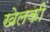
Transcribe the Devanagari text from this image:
खेलकी